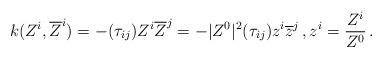
LaTeX: \begin{align*} k(Z^i,\overline{Z}^i)=-(\tau_{ij})Z^i\overline{Z}^j=-|Z^0|^2(\tau_{ij})z^i\overline{z}^j\,, z^i=\frac{Z^i}{Z^0}\,.\end{align*}